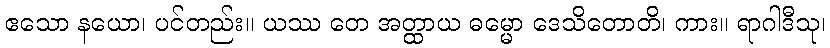
ဧသော နယော၊ ပင်တည်း။ ယဿ တေ အတ္ထာယ ဓမ္မော ဒေသိတောတိ၊ ကား။ ရာဂါဒီသု၊